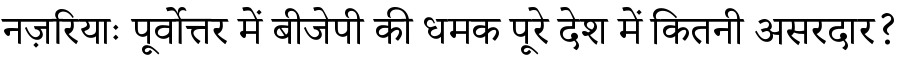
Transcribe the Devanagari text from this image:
नज़रियाः पूर्वोत्तर में बीजेपी की धमक पूरे देश में कितनी असरदार?